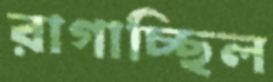
রাগাচ্ছিল